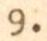
9.